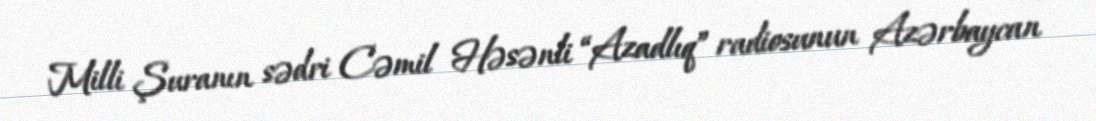
Milli Şuranın sədri Cəmil Həsənli “Azadlıq” radiosunun Azərbaycan